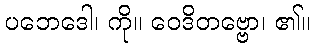
ပဘေဒေါ၊ ကို။ ဝေဒိတဗ္ဗော၊ ၏။